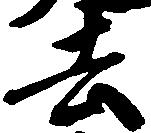
去